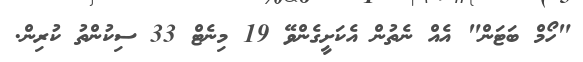
"ހޯމް ބަޓަން" އެއް ނެތުން އެކަށީގެންވޭ 19 މިނެޓް 33 ސިކުންތު ކުރިން.